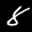
Label: 8